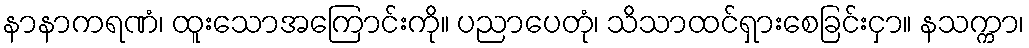
နာနာကရဏံ၊ ထူးသောအကြောင်းကို။ ပညာပေတုံ၊ သိသာထင်ရှားစေခြင်းငှာ။ နသက္ကာ၊